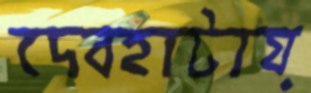
দেবহাটায়